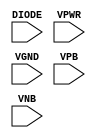
module sky130_fd_sc_lp__diode (
    DIODE,
    VPWR ,
    VGND ,
    VPB  ,
    VNB
);

    input DIODE;
    input VPWR ;
    input VGND ;
    input VPB  ;
    input VNB  ;
endmodule